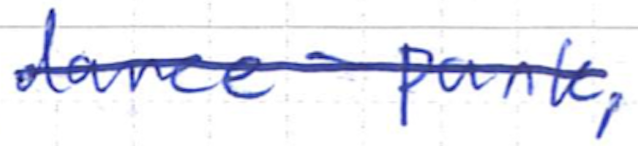
Text: dance-punk,
Cross-out: single-line
Writing tool: ballpoint